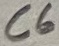
Text: C6